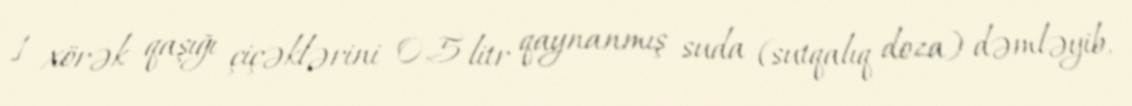
1 xörək qaşığı çiçəklərini 0,5 litr qaynanmış suda (sutqalıq doza) dəmləyib,